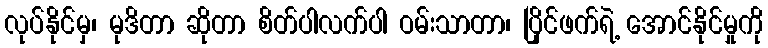
လုပ်နိုင်မှ၊ မုဒိတာ ဆိုတာ စိတ်ပါလက်ပါ ဝမ်းသာတာ၊ ပြိုင်ဖက်ရဲ့ အောင်နိုင်မှုကို